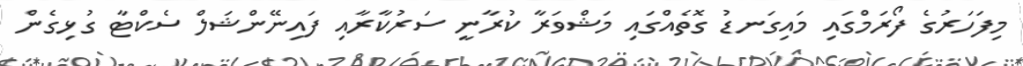
މިފަހަރުގެ ފޯރަމްގައި މައިގަނޑު ގޮތެއްގައި މަޝްވަރާ ކުރާނީ ސަރުކާރާއި ފައިނޭންޝަލް ސެކްޓާ ގުޅިގެން